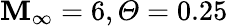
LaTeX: \mathbf{M}_{\infty}=6,\mathit{{\Theta}}=0.25